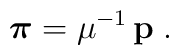
\mbox{\boldmath $ \pi$}                            =\mu^{-1} \, {\bf p}\;   .